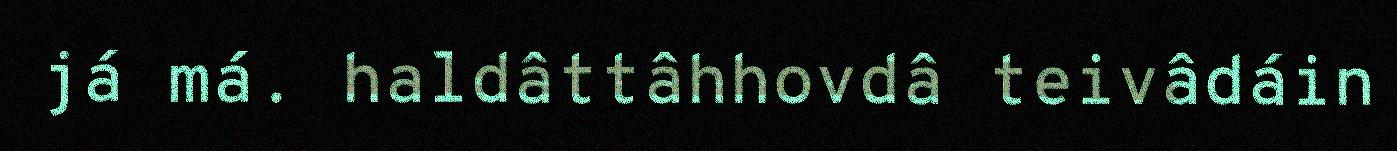
já má. haldâttâhhovdâ teivâdáin